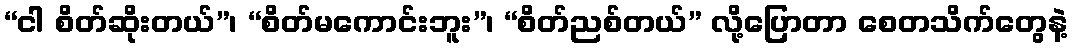
“ငါ စိတ်ဆိုးတယ်”၊ “စိတ်မကောင်းဘူး”၊ “စိတ်ညစ်တယ်” လို့ပြောတာ စေတသိက်တွေနဲ့